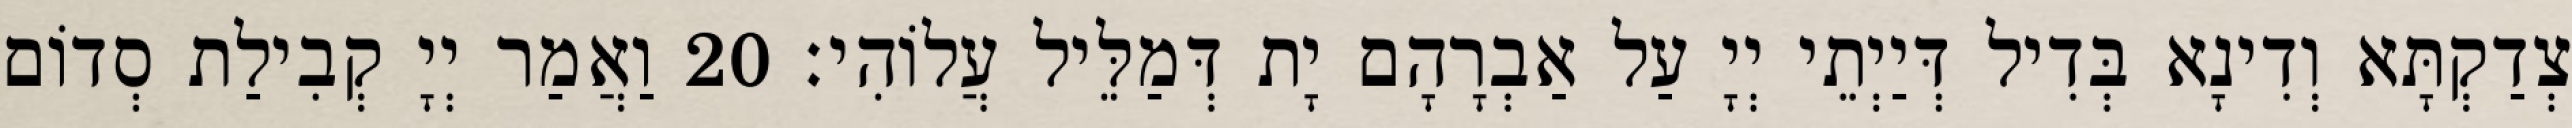
צְדַקְתָּא וְדִינָא בְּדִיל דְּיַיְתֵי יְיָ עַל אַבְרָהָם יָת דְּמַלֵּיל עֲלוֹהִי׃ 20 וַאֲמַר יְיָ קְבִילַת סְדוֹם